Vital statistics of India. Vol. IV, Annual returns from 1871 to 1876. British Army of India, Native Army and jails of Bengal
Year: 1871
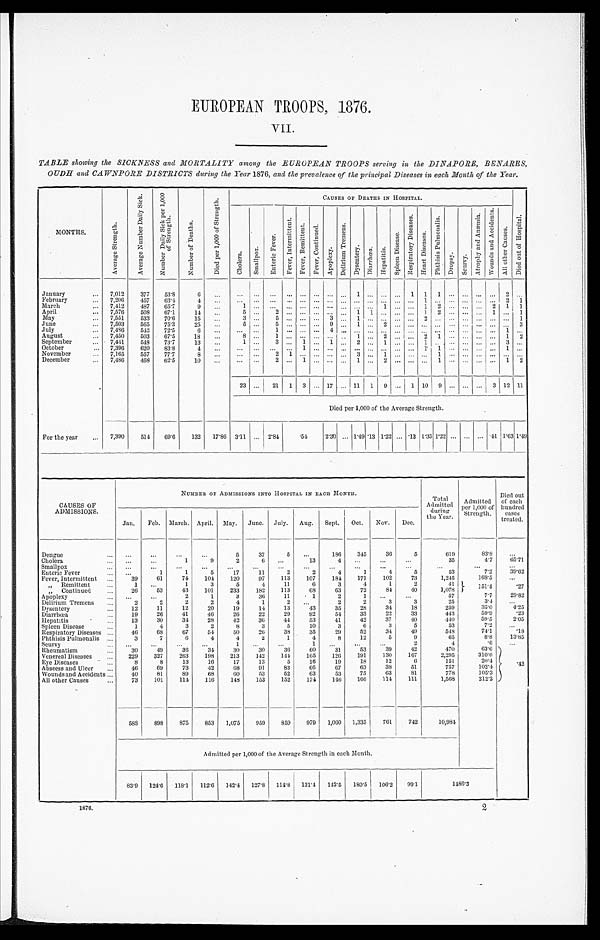
EUROPEAN TROOPS, 1876.
VII.
TABLE showing the SICKNESS and MORTALITY among the EUROPEAN TROOPS serving in the DINAPORE, BENARES,
OUDH and OAWNPORE DISTRICTS during the Year 1876, and the prevalence of the principal Diseases in each Month of the Year.
MONTHS.
A v e r a g e S t r e n g t h .
A v e r a g e N u m b e r D a i l y S i c k .
N u m b e r D a i l y S i c k p e r 1 , 0 0 0 o f S t r e n g t h .
N u m b e r o f D e a t h s .
D i e d p e r 1 , 0 0 0 o f S t r e n g t h .
CAUSES OF DEATHS IN HOSPITAL.
D i e d o u t o f H o s p i t a l .
C h o l e r a .
S m a l l p o x .
E n t e r i c F e v e r .
F e v e r , I n t e r m i t t e n t .
F e v e r , R e m i t t e n t . F e v e r , C o n t i n u e d .
A p o p l e x y .
D e l i r i u m T r e m e n s .
D y s e n t e r y . D i a r r h œ a .
H e p a t i t i s .
S p l e e n D i s e a s e s .
R e s p i r a t o r y D i s e a s e s .
H e a r t D i s e a s e s .
P h t h i s i s p u l m o n a l i s .
D r o p s y . S c u r v y .
A t r o p h y a n d A n æ m i a .
W o u n d s a n d A c c i d e n t s .
A l l o t h e r c a u s e s .
January
. . . 7,012
377
53.8
6
...
... ... ... ... ... ... ... ...
1 . . .
...
. . .
1
1
1
. . . . . . ...
. . . 2 ...
February
... 7,206
457
63.4
4
...
. . . . . .
. . . . . . . . . . . . . . . . . . . . . . . .
...
. . .
..
1
. . . . . . . . . ...
. . . 2 1
March
... 7,412
487
65.7
9
...
1
. . .
. . . . . . . . . . . . . . . . . . . . . . . . 1
. . . ... 1 2 ... ... ... 2 1 1
April
... 7,576
508 67.1
14
...
5
. . .
2 . . . . . . . . . . . . . . . 1 1 ...
. . .
...
1 2
. . . . . . ...
1 . . . 1
May
... 7,551
533
70.6
15
...
3
. . .
5 . . . . . . . . . 3 . . . 1 . . . ...
. . .
...
2 . . . . . . . . . ...
. . . . . . 1
June
. . . 7,503
565
75.3
25
...
5 ...
5 . . . . . . . . . 9 . . . 1 . . . 2
. . .
...
. . . . . . . . . . . . ...
. . . . . . 3
July
... 7,486
543 72.5
6
... ... ...
1 . . . . . . . . . 4 . . . . . . . . . ...
. . .
...
. . . . . . . . . . . . ... ... 1 ...
August
... 7,450
503
67.5
18
...
8
. . .
1 . . . . . . . . . . . . . . 1 . . . 2
. . .
...
2 1
. . . . . . ... ... 1 2
September
. . . 7,441
548
73.7
13
...
1 ...
3
. . . 1
. . . 1
. . . 2
. . . 1
. . .
... 1
. . . . . . . . . ...
. . . 3 ...
October
... 7,396
620
83.8
4
...
. . . . . . ... ...
1 . . . . . . . . . . . . . . . ...
. . .
...
1 1
. . . . . . ... ...
1 ...
November
. . . 7,165
557
77.7
8
...
... ...
2 1
. . . . . . . . . . . . 3 . . . 1
. . .
...
. . . 1
. . . . . . ...
. . . . . . ...
December
. . .
7,486
468
62.5
10
...
. . .
. . .
2 . . . 1 . . . . . . . . . 1 . . .
2 ... ... ...
1
. . . . . . ...
. . . 1 2
23
. . .
21 1 3 ... 17 ... 1 11 1 9 ... 1 10 9 ... ... ... 3 12 11
Died per 1,000 of the Average Strength.
For the year
. . . 7,390
514
69.6
132 17.86 3.11 ... 2.84
. 5 4
2.30 ... 1.49 .13 1.22 ... .13 1.35 1.22 ...
. . . ... .41 1.63 1.49
CAUSES OF
ADMISSIONS.
NUMBER OF ADMISSIONS INTO HOSPITAL IN EACH MONTH.
Total
Admitted
during
the Year.
Admit ted
per 1,000 of Strength.
Died out
or each
hundred
cases treated.
Jan.
Feb. March. April. May. June. July. Aug. Sept. Oct. Nov. Dec.
Dengue
...
...
...
. . .
...
5
37
5
...
186
345
36
5
619
83.8
...
Cholera
...
...
. . .
1
9
2
6
...
13
4
. . .
. . .
. . .
35
4.7
65.71
Smallpox
. . .
. . .
...
...
...
...
...
. . .
...
...
. . . ...
...
. . .
. . .
...
Enteric Fever
...
...
1
1
5
17
11
2
2
4
1
4
5
53
7.2
39.62
Fever, Intermittent ...
39
61
74
104
120
97
113
107
184
171
102
73
1,245
168.5
. . .
, , R e m i t t e n t
...
1
. . .
1
3
5
4
11
6
3
4
1
2
41
151.4
.27
„ Continued
...
26
53
43
101
233
182
113
68
63
72
84
40
1,078
Apoplexy
...
...
...
2
1
3
36
11
1
2
1
...
...
57
7.7
29.82
Delirium Tremens
. . .
2
2
2
2
4
1
2
. . .
2
2
3
3
25
3.4
...
Dysentery
...
12
11
12
20
19
14
13
43
35
28
34
18
259
35.0
4.25
Diarrhœa
...
19
26
41
46
26
22
29
92
54
33
22
33
443
59.9
.23
Hepatitis
...
13
30
34
28
42
36
44
53
41
42
37
40
440
59.5
2.05
Spleen Disease
...
1
4
3
2
8
3
5
10
3
6
3
5
53
7.2
...
Respiratory Diseases ...
46
68
67
54
50
26
38
35
29
52
34
49
548
74.1
.18
Phthisis Pulmonalis ...
3
7
6
4
4
2
1
4
8
12
5
9
65
8.8
13.85
Scurvy
. . . ...
...
. . .
. . .
1
. . . ...
1
. . .
...
. . .
2
4
. 6
. . .
Rheumatism
...
30
49
36
3 4
30
30
36
60
31
53
39
42
470
63.6
.42
Venereal Diseases
...
229
327
263
198
213
142
148
165
126
191
130
167
2,295
310.6
Eye Diseases
...
8
8
13
16
17
13
5
16
19
18
12
6
151
20.4
Abscess and Ulcer
...
46
69
73
42
68
9 1
83
66
67
63
38
51
757
102.4
Wounds and Accidents ...
40
81
89
68
60
53
52
63
53
75
63
81
778
105.3
All other Causes
...
73
101
114
116
148
153
152
174
146
166
114
111
1,568
212.2
588
898
875
853 1,075
959
859
979 1,060 1,335
76l
742
10,984
Admitted per 1,000 of the Average Strength in each Month.
83.9 124.6 118.1 112.6 142.4 127.8 114.8 131.4 142.5 180.5 106.2 99.1
1486.3
1876.